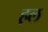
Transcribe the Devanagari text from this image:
ह़ल